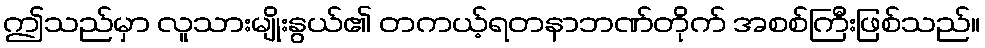
ဤသည်မှာ လူသားမျိုးနွယ်၏ တကယ့်ရတနာဘဏ်တိုက် အစစ်ကြီးဖြစ်သည်။